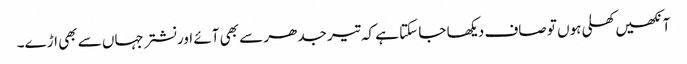
آنکھیں کھلی ہوں تو صاف دیکھا جا سکتا ہے کہ تیر جدھر سے بھی آئے اور نشتر جہاں سے بھی اڑے۔